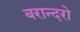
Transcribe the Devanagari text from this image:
बरान्दरो